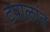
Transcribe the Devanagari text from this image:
टपालांत